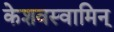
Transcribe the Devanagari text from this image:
केशवस्वामिन्